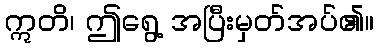
ဣတိ၊ ဤရွေ့ အပြီးမှတ်အပ်၏။